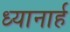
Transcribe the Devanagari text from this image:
ध्यानार्ह